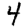
Digit: 4